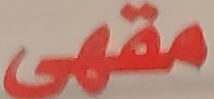
مقهى